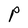
Character: P